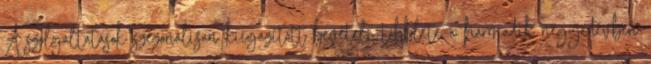
A szolgáltatások szezonálisan kiigazított bevételi többlete a harmadik negyedévben